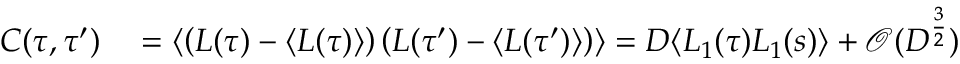
\begin{array} { r l } { C ( \tau , \tau ^ { \prime } ) } & { { } = \langle \left( L ( \tau ) - \langle L ( \tau ) \rangle \right) \left( L ( \tau ^ { \prime } ) - \langle L ( \tau ^ { \prime } ) \rangle \right) \rangle = D \langle L _ { 1 } ( \tau ) L _ { 1 } ( s ) \rangle + \mathcal { O } ( D ^ { \frac { 3 } { 2 } } ) } \end{array}